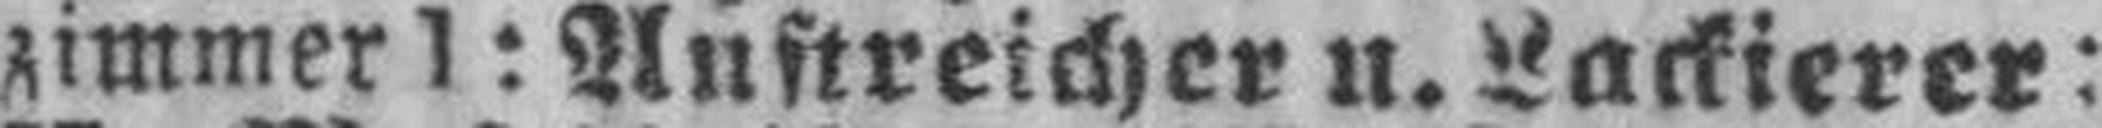
zimmer I: Anstreicher u. Lackierer: